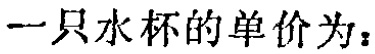
一只水杯的单价为：